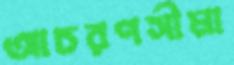
আচরণসীমা